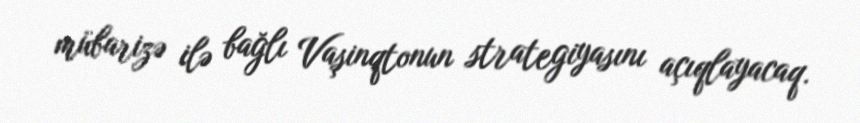
mübarizə ilə bağlı Vaşinqtonun strategiyasını açıqlayacaq.